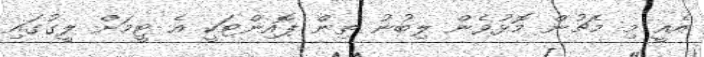
އެއީ މި މެޗުން މޮޅުވެން ލިބުނު ތިން ޕޮއިންޓަކީ އެ ޓީމަށް ލީގުގައި